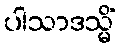
ပါသာဒသ္မိံ